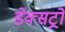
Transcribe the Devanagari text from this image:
डेक्सट्रो